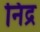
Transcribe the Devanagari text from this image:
निद्र